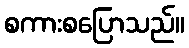
စကားစပြောသည်။